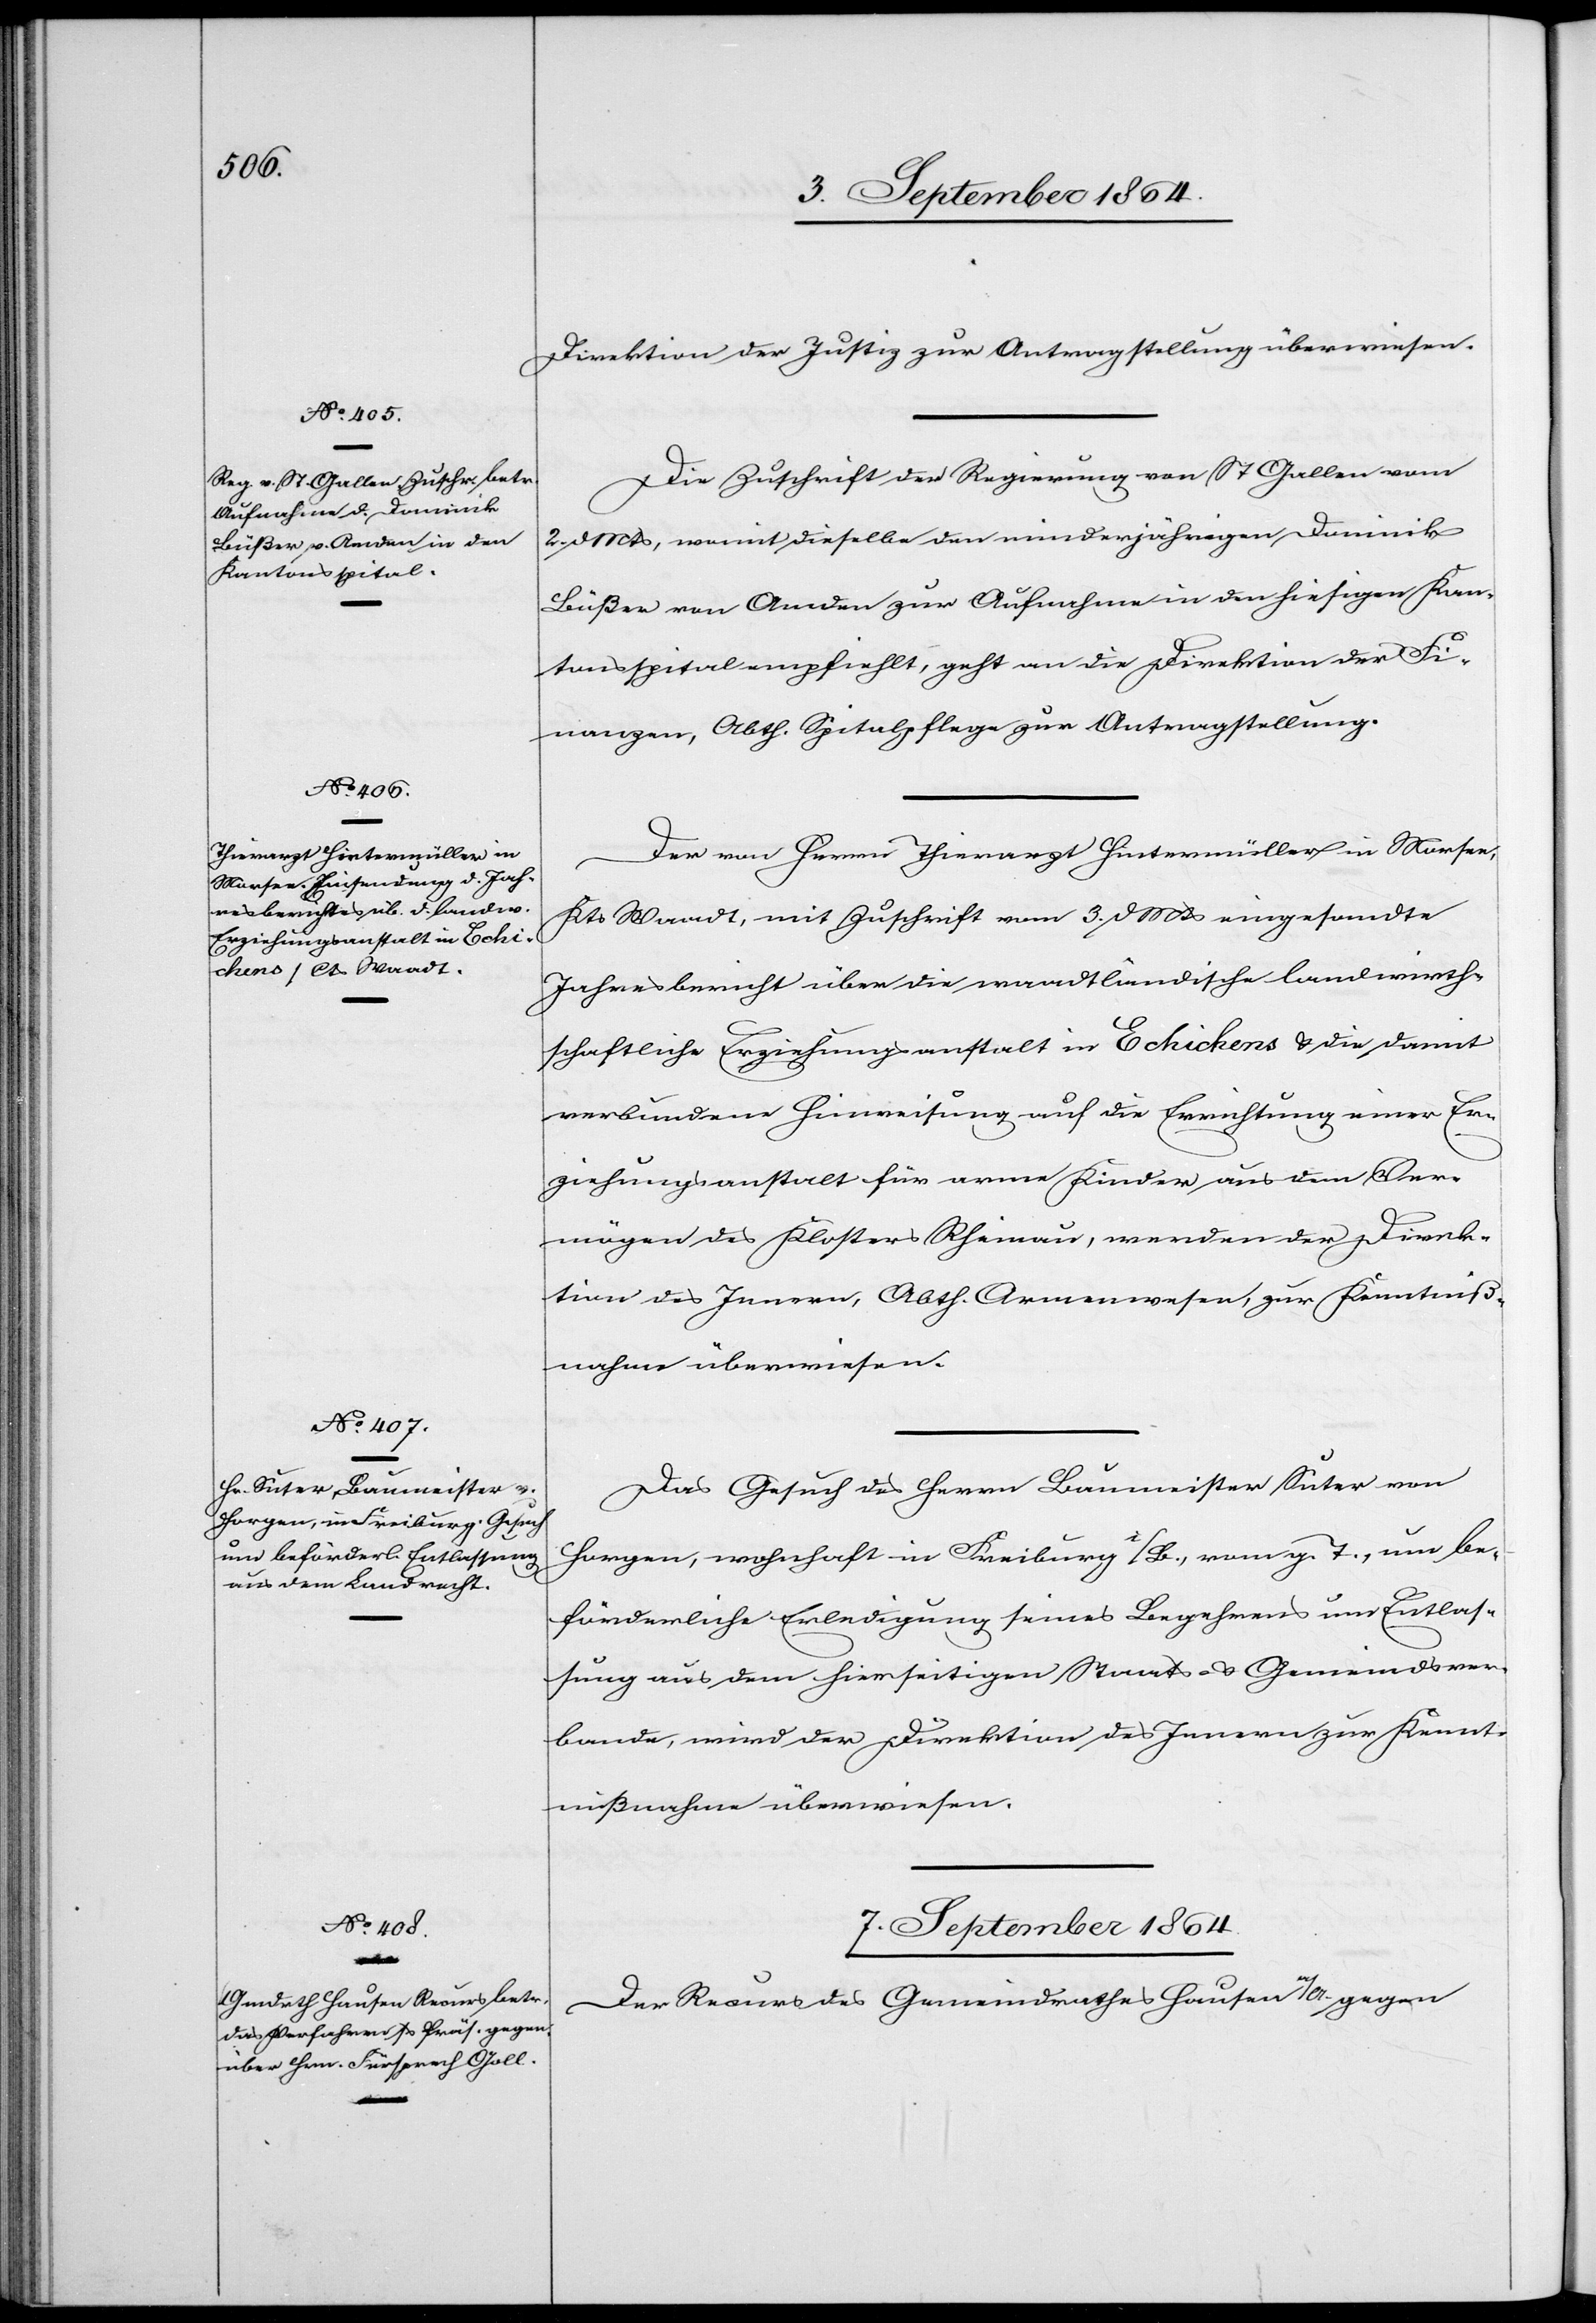
6. September 1864.]
Direktion der Justiz zur Antragstellung überwiesen.
Die Zuschrift der Regierung von St. Gallen vom
2. d. Mts, womit dieselbe den minderjährigen Dominik
Büßer von Amden zur Aufnahme in den hiesigen Kan¬
tonsspital empfiehlt, geht an die Direktion der Fi¬
nanzen, Abtheilung Spitalpflege zur Antragstellung.
Der von Herrn Thierarzt Hintermüller in Morsee,
Kts Waadt, mit Zuschrift vom 3. d. Mts eingesandte
Jahresbericht über die waadtländische landwirt¬
schaftliche Erziehungsanstalt in Echichens & die damit
verbundene Hinweisung auf die Errichtung einer Er¬
ziehungsanstalt für arme Kinder aus dem Ver¬
mögen des Klosters Rheinau, werden der Direk¬
tion des Innern, Abth. Armenwesen, zur Kenntniß¬
nahme überwiesen.
Das Gesuch des Herrn Baumeister Suter von
Horgen, wohnhaft in Freiburg i/B., vom g. T., um be¬
förderliche Erledigung seines Begehrens um Entlas¬
sung aus dem hierseitigen Staats- & Gemeindsver¬
bande, wird der Direktion des Innern zur Kennt¬
nißnahme überwiesen.
7. September 1864.
Der Recurs des Gemeindrathes Hausen a/A. gegen